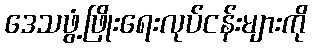
ဒေသဖွံ့ဖြိုးရေးလုပ်ငန်းများကို